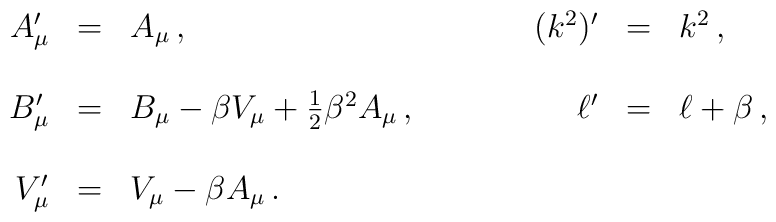
\begin{array}{rclrcl}A_{\mu}^{\prime} & = & A_{\mu}\, ,&(k^2)^{\prime} & = & k^2\, ,\\& &\\B_{\mu}^{\prime} & = & B_{\mu}- \beta V_{\mu}+{\textstyle \frac{1}{2}}\beta^{2} A_{\mu}\, ,\hspace{1.2cm}&\ell^{\prime} & = & \ell+\beta\, ,\\& &\\V_{\mu}^{\prime} & = & V_{\mu} - \beta A_{\mu}\, . && &\end{array}